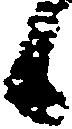
候